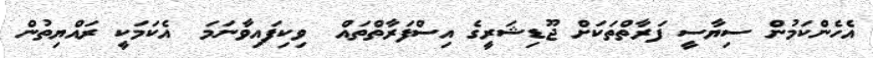
އެހެންކަމުން ސިޔާސީ ފަރާތްތަކަށް ޖޫޑިޝަރީގެ އިސްފަރާތްތައް  ވިކިފައިވާނަމަ  އެކަމަކީ ރައްޔިތުން